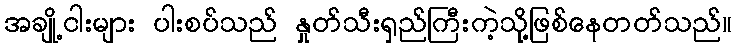
အချို့ငါးများ ပါးစပ်သည် နှုတ်သီးရှည်ကြီးကဲ့သို့ဖြစ်နေတတ်သည်။